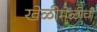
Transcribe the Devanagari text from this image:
खेळीमेळीची